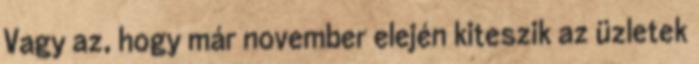
Vagy az, hogy már november elején kiteszik az üzletek